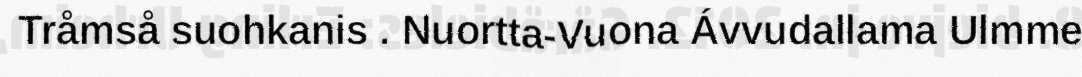
Tråmså suohkanis . Nuortta-Vuona Ávvudallama Ulmme